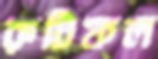
রুটিফল